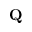
\mathbf { Q }